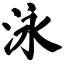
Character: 泳